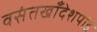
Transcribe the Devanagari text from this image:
वसंतखाँदेशपांडे